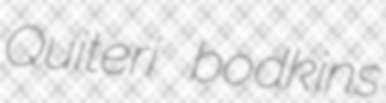
Quiteri bodkins